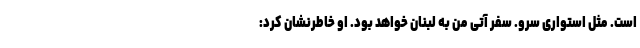
است. مثل استواری سرو. سفر آتی من به لبنان خواهد بود. او خاطرنشان کرد: